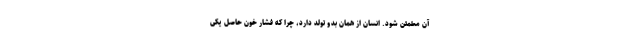
آن مطمئن شود. انسان از همان بدو تولد دارد، چرا که فشار خون حاصلِ یکی